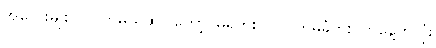
အတွေးမျိုး ဝင်လာမယ်ဆိုပါတော့၊ မရဘူး၊ ငါလက်မခံဘူး၊ တနေ့တလုံး